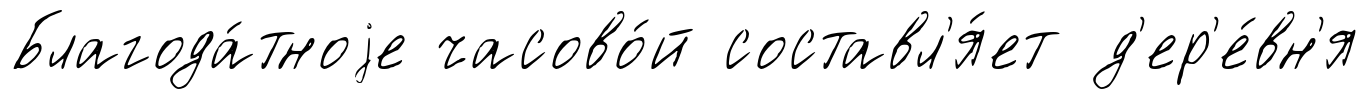
Благода́тноjе часово́й составл'я́ет д'ер'е́вн'я